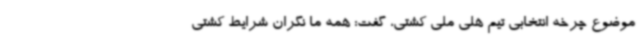
موضوع چرخه انتخابی تیم هلی ملی کشتی، گفت: همه ما نگران شرایط کشتی